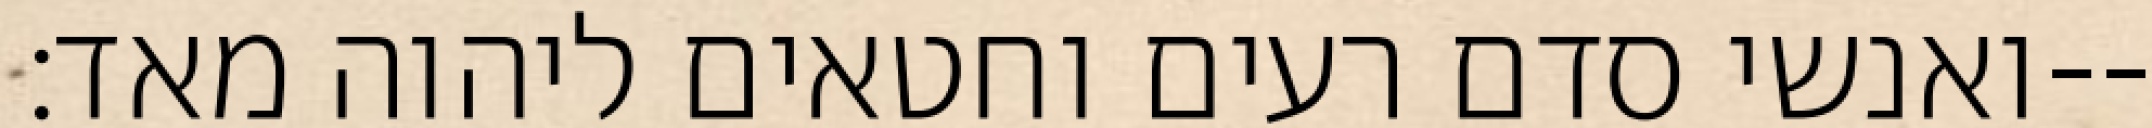
ואנשי סדם רעים וחטאים ליהוה מאד׃--